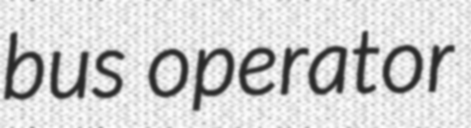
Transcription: bus operator